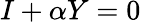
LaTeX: I+\alpha Y=0